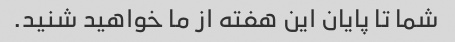
شما تا پایان این هفته از ما خواهید شنید.